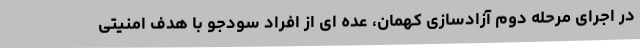
در اجرای مرحله دوم آزادسازی کهمان، عده ای از افراد سودجو با هدف امنیتی